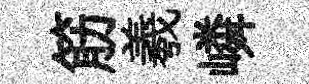
筋羲嶙